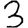
Digit: 3